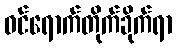
ဝင်ရောက်တိုက်ခိုက်ရာ